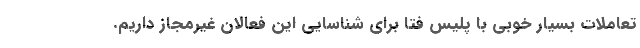
تعاملات بسیار خوبی با پلیس فتا برای شناسایی این فعالان غیرمجاز داریم.